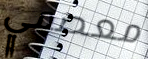
معصمي